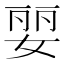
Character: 婯